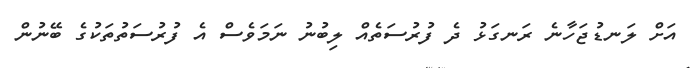
އަށް ލަނޑުޖަހާނެ ރަނގަޅު ދެ ފުރުސަތެއް ލިބުނު ނަމަވެސް އެ ފުރުސަތުތަކުގެ ބޭނުން